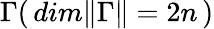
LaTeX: {\Gamma}(\, dim\Vert\Gamma\Vert=2n\, )